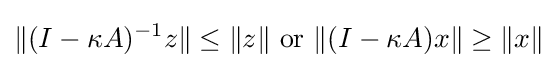
\|(I-\kappa A)^{-1}z\|\leq \|z\|{\text{ or }}\|(I-\kappa A)x\|\geq \|x\|